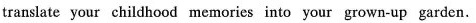
translate your childhood memories into your grown-up garden.